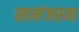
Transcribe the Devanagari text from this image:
सामंजस्या